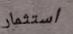
استثمار